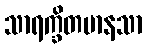
သာရက္ခိတမာနသာ